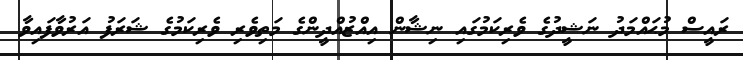
ރައީސް މުޙައްމަދު ނަޝީދުގެ ވެރިކަމުގައި ނިޝާން އިއްޒުއްދީންގެ މަތިވެރި ވެރިކަމުގެ ޝަރަފު އަރުވާފައިވާ